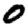
Digit: 0